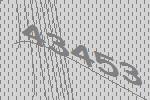
43453